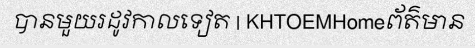
បានមួយរដូវកាលទៀត | KHTOEMHomeព័ត៌មាន